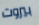
بيروت